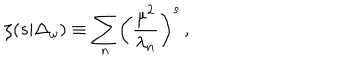
\zeta ( s \vert \Delta _ { \omega } ) \equiv \sum _ { n } \biggl ( { \frac { \mu ^ { 2 } } { \lambda _ { n } } } \biggr ) ^ { s } \, ,